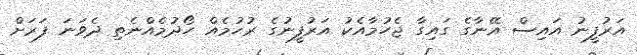
އަރުފީނު އައިސް އޭނާގެ ގައިގާ ޖެހުމާއެކު އަރުފީނުގެ ރުހުމެއް ހޯދުމެއްނެތި ދެވަނަ ފަރަށް